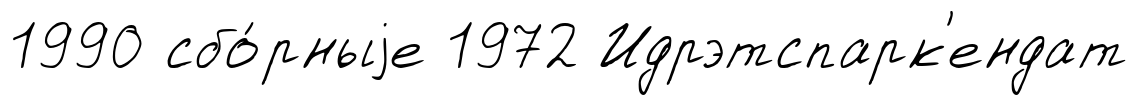
1990 сбо́рныjе 1972 Идрэтспарк'ендат